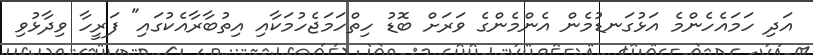
އަދި ހަމައެހެންމެ އަޅުގަނޑުމެން އެންމެންގެ ވަރަށް ބޮޑު ހިތްހަމަޖެހުމަކާއި އިތުބާރާއެކުގައި" ފަރީހާ ވިދާޅުވި